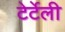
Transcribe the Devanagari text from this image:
टेर्टेली